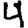
Digit: 4